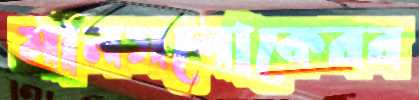
মানসলোকেরর